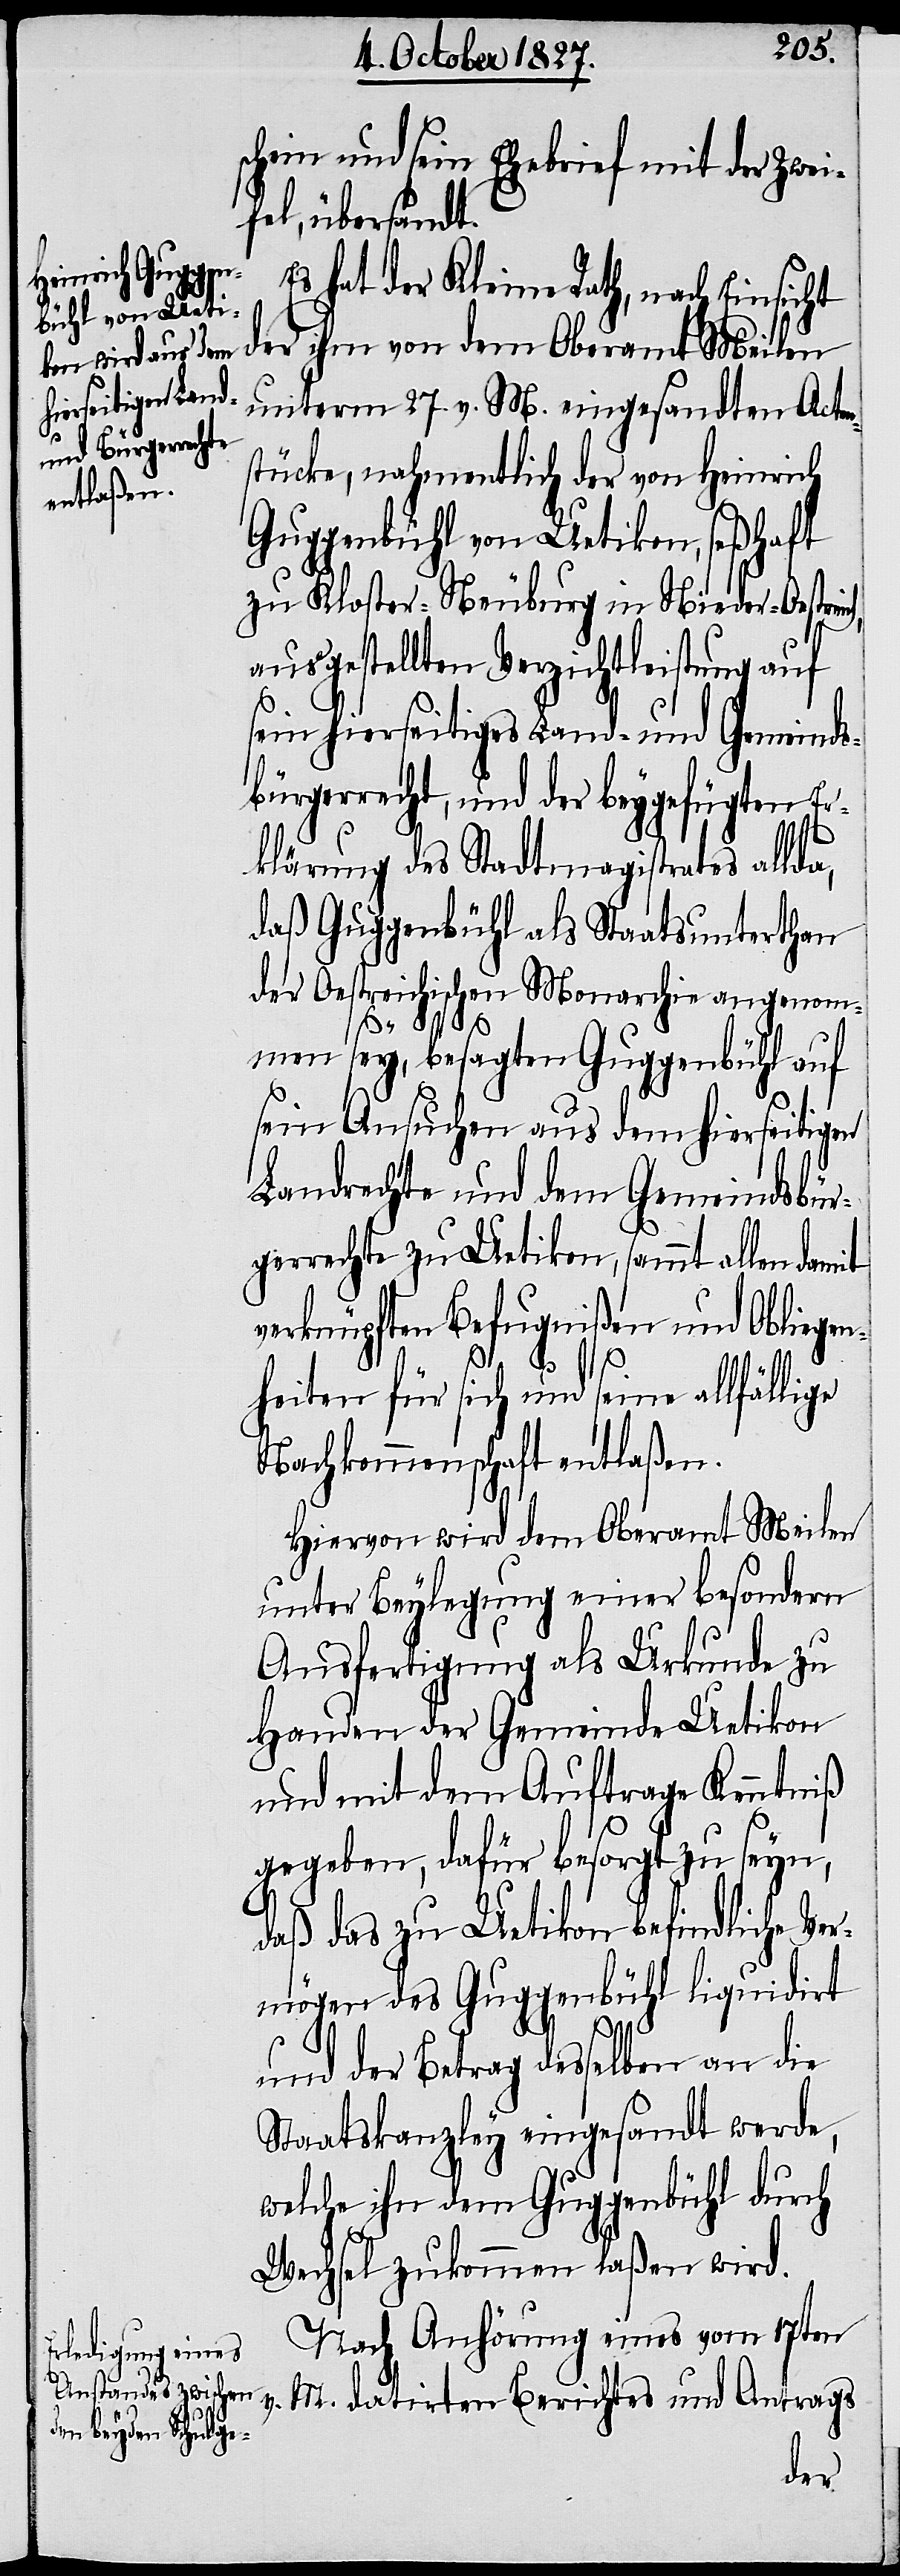
befindliche Ver¬

schein und sein Ehebrief mit der Zwei¬
fel, übersandt.
Es hat der Kleine Rath, nach Einsicht
der ihm von dem Oberamt Meilen
unterm 27. v. M. eingesandten Acten¬
stücke, nahmentlich der von Heinrich
Guggenbühl von Uetikon, seßhaft
zu Kloster-Neuburg in Nieder-Oestre¬
ausgestellten Verzichtleistung auf
sein hierseitiges Land- und Gemeinds¬
bürgerrecht, und der beygefügten Er¬
klärung des Stadtmagistrates allda,
daß Guggenbühl als Staatsunterthan
der Oestreichischen Monarchie angenom¬
ich,
men sey, besagten Guggenbühl auf
sein Ansuchen aus dem hierseitigen
Landrechte und dem Gemeindsbür¬
gerrechte zu Uetikon, sammt allen damit
verknüpften Befugnißen und Obliegen¬
heiten für sich und seine allfällige
Nachkommenschaft entlaßen.
Hiervon wird dem Oberamt Meilen
unter Beylegung einer besondern
Ausfertigung als Urkunde zu
Handen der Gemeinde Uetikon
mögen des Guggenbühl liquidirt
und der Betrag desselben an die
Staatskanzley eingesandt werde,
welche ihn dem Guggenbühl durch
Wechsel zukommen laßen wird.
Nach Anhörung eines vom 17ten
M. datirten Berichtes und Antrags